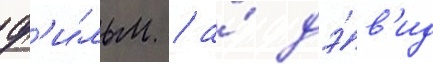
ф'и́льм / а́ дэ́в'ид